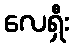
လေရှီး